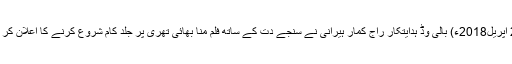
26 اپریل2018ء) بالی وڈ ہدایتکار راج کمار ہیرانی نے سنجے دت کے ساتھ فلم منا بھائی تھری پر جلد کام شروع کرنے کا اعلان کر دیا۔